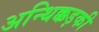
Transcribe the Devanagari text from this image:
अन्थिक्कड़की